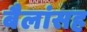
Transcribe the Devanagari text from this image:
बैलांसह